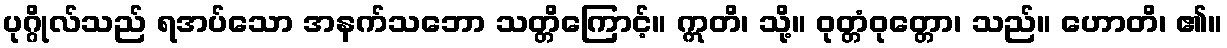
ပုဂ္ဂိုလ်သည် ရအပ်သော အနက်သဘော သတ္တိကြောင့်။ ဣတိ၊ သို့။ ဝုတ္တံဝုတ္တော၊ သည်။ ဟောတိ၊ ၏။